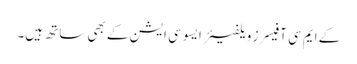
کے ایم سی آفیسرز ویلفیئر ایسوسی ایشن کے بھی ساتھ ہیں۔